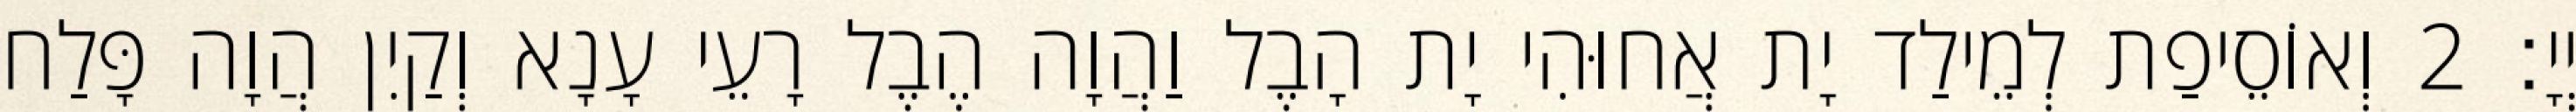
יְיָ׃ 2 וְאוֹסֵיפַת לְמֵילַד יָת אֲחוּהִי יָת הָבֶל וַהֲוָה הֶבֶל רָעֵי עָנָא וְקַיִן הֲוָה פָּלַח